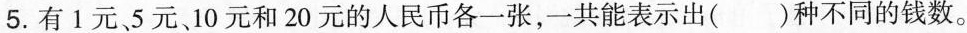
5.有1元、5元、10元和20元的人民币各一张，一共能表示出（）种不同的钱数。